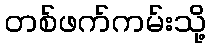
တစ်ဖက်ကမ်းသို့